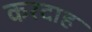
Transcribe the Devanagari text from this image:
करदाह